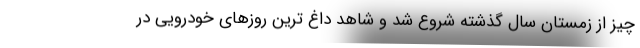
چیز از زمستان سال گذشته شروع شد و شاهد داغ ترین روزهای خودرویی در